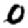
Digit: 0